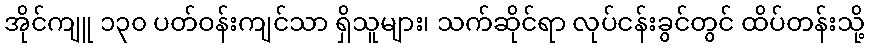
အိုင်ကျူ ၁၃၀ ပတ်ဝန်းကျင်သာ ရှိသူများ၊ သက်ဆိုင်ရာ လုပ်ငန်းခွင်တွင် ထိပ်တန်းသို့